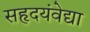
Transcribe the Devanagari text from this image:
सहृदयंवेद्या